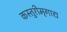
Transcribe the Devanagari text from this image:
कस्तुरीमृगाद्य